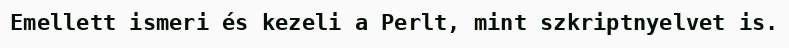
Emellett ismeri és kezeli a Perlt, mint szkriptnyelvet is.